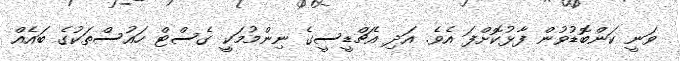
ވަނީ ކަންބޮޑުވުން ފާޅުކޮށްފަ އެވެ. އަދި އެޗްޑީސީގެ ނިންމުމަކީ ގެސްޓް ހައުސްތަކުގެ ބައެއް